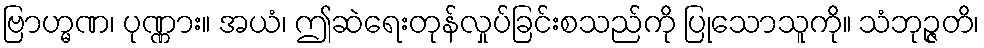
ဗြာဟ္မဏ၊ ပုဏ္ဏား။ အယံ၊ ဤဆဲရေးတုန်လှုပ်ခြင်းစသည်ကို ပြုသောသူကို။ သံဘုဉ္ဇတိ၊